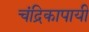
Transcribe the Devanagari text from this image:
चंद्रिकापायी